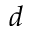
d